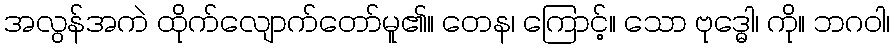
အလွန်အကဲ ထိုက်လျောက်တော်မူ၏။ တေန၊ ကြောင့်။ သော ဗုဒ္ဓေါ၊ ကို။ ဘဂဝါ၊